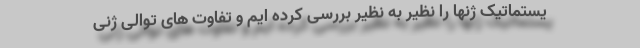
یستماتیک ژنها را نظیر به نظیر بررسی کرده ایم و تفاوت های توالی ژنی